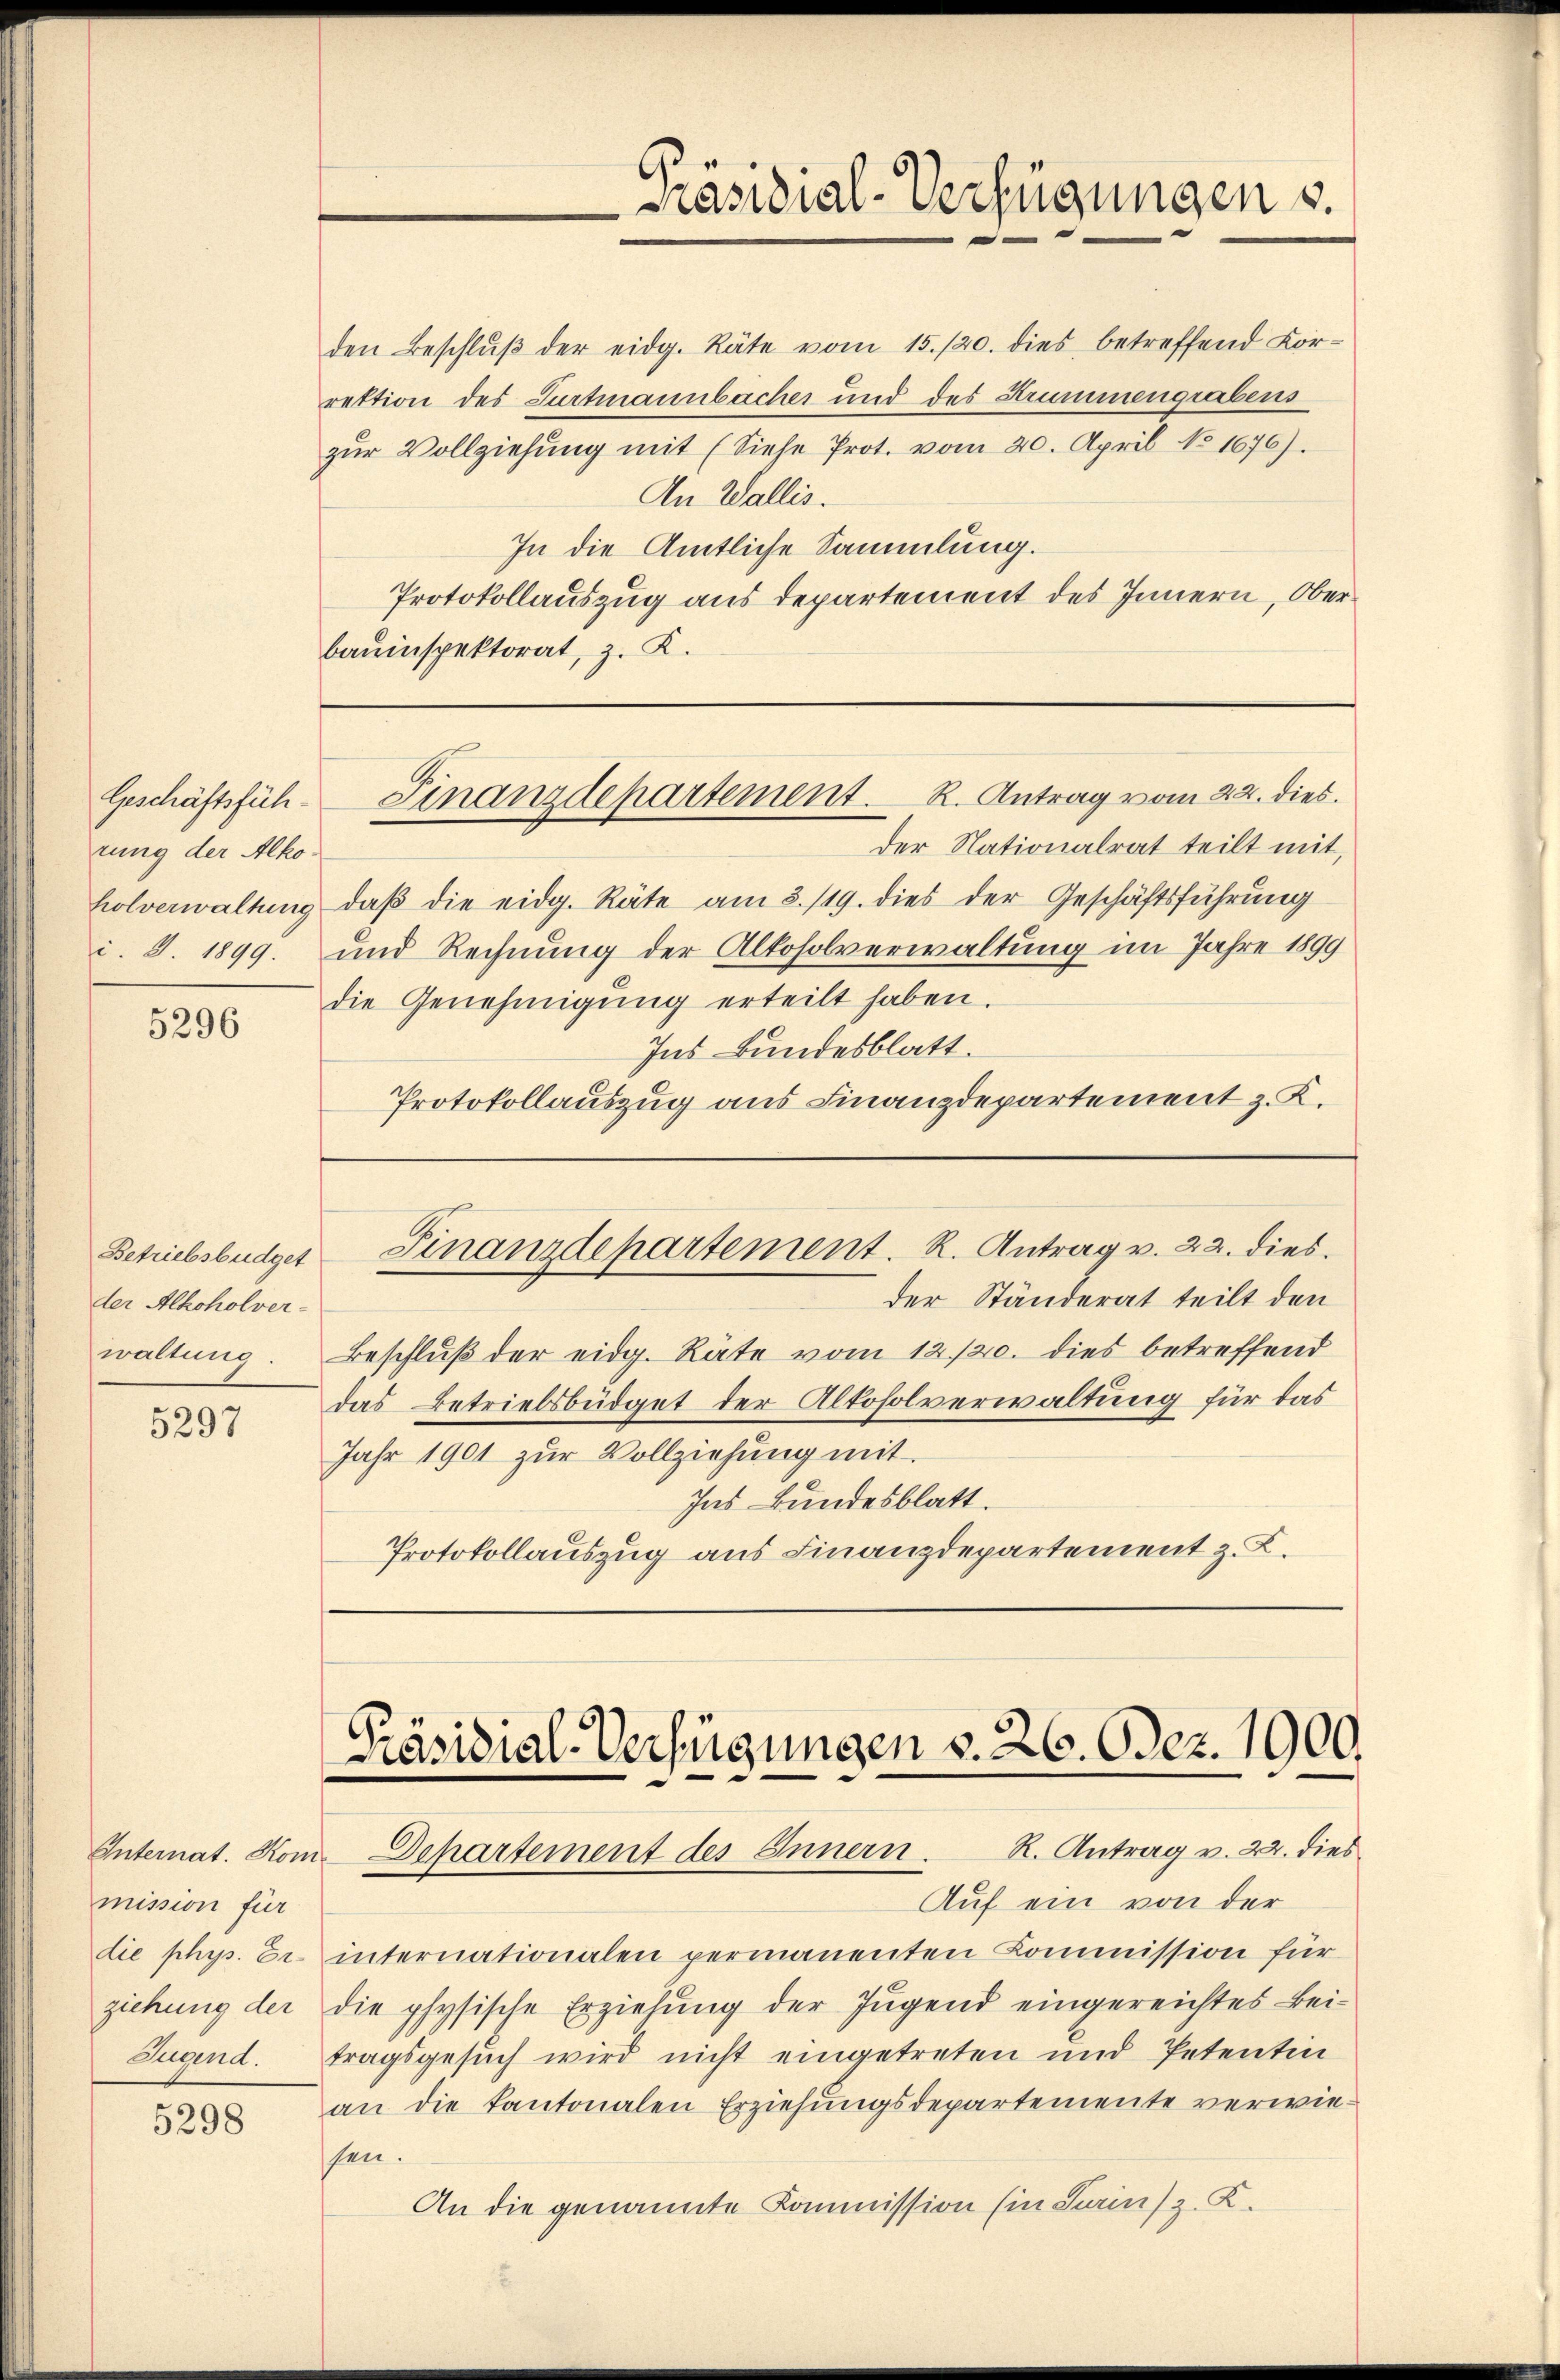
Geschäftsführung der Alkoi. S. 1899.

5296

der Alkoholverwaltung

5297

mission für
Jugend.

5298

den Beschlŭβ der eidg. Räte vom 15./20. dies betreffend Kor-
rektion des Furtmannbacher und des Krummengrabens
zŭr Vollziehŭng mit (Siehe Prot. vom 20. April No 1676).
An Wallis.
In die Amtliche Sammlung.
Protokollauszug aus departement des Innern, Oberbauinspektorat, z. K.
Finanzdepartement. R. Antrag vom 22. dies
der Nationalrat teilt mit,
holverwaltung daβ die eidg. Räte am 3./19. dies der Geschäftsführŭng
und Rechnung der Alkoholverwaltung im Jahre 1899
die Genehmigŭng erteilt haben.
Ins Bundesblatt.
Protokollauszug aus Finanzdepartement z. K.

-Präsidial-Verfügungen v.

Betriebsbüdger Finanzdepartement. R. Antrag v. 22. dies

der Ständerat teilt den
Beschluß der eidg. Räte vom 12./20. dies betreffend
das Betriebsbüdget der Altoholverwaltung für das
Jahr 1901 zur Vollziehung mit
Ins Bundesblatt.
Protokollauszug aus Finanzdepartement z. B.

Präsidial-Verfügungen v. 26. Odez. 1900.
Internat. Kom-Departement des Innern. R. Antrag v. 22. dies

Auf ein von der
die phys. Er. internationalen permanenten Commission für
ziehung der die physische Erziehung der Jugend eingereichtes Beitragsgesŭch wird nicht eingetreten und Petentin
an die Kantonalen Erziehungsdepartemente verwiesen.
An die genannte Kommission (in Sains z. K.